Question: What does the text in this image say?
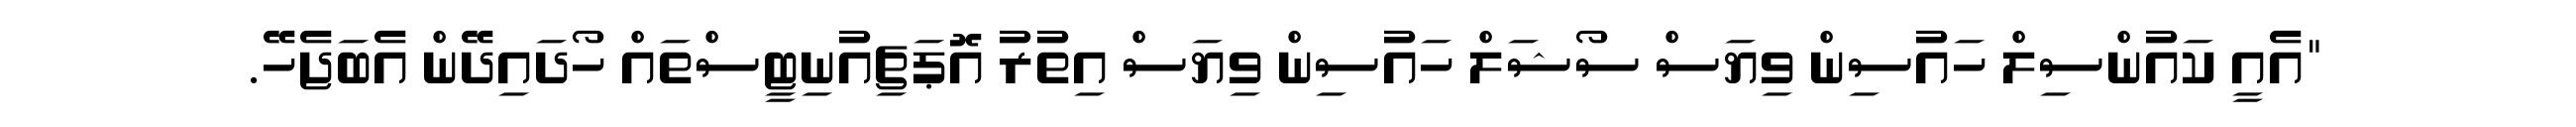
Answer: "އެއީ ކައުންސިލް ހައުސިން ވިޔަސް ސޯޝަލް ހައުސިން ވިޔަސް އިތުރު އޮޕަޗިއުނިޓީސްތައް ހޯދައިދޭން އެބަޖެހޭ.